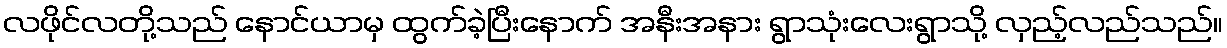
လဖိုင်လတို့သည် နောင်ယာမှ ထွက်ခဲ့ပြီးနောက် အနီးအနား ရွာသုံးလေးရွာသို့ လှည့်လည်သည်။